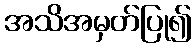
အသိအမှတ်ပြု၍